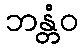
ဘန္တံဝ